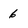
Character: 6